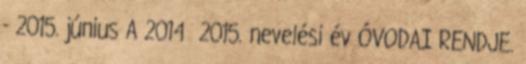
- 2015. június A 2014 2015. nevelési év ÓVODAI RENDJE.